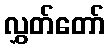
လွှတ်တော်